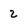
Character: 2